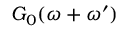
G _ { 0 } ( \omega + \omega ^ { \prime } )